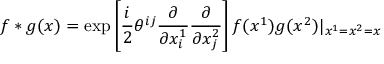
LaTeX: f * g ( x ) = \exp \left[ \frac { i } { 2 } \theta ^ { i j } \frac { \partial } { \partial x _ { i } ^ { 1 } } \frac { \partial } { \partial x _ { j } ^ { 2 } } \right] f ( x ^ { 1 } ) g ( x ^ { 2 } ) | _ { x ^ { 1 } = x ^ { 2 } = x }